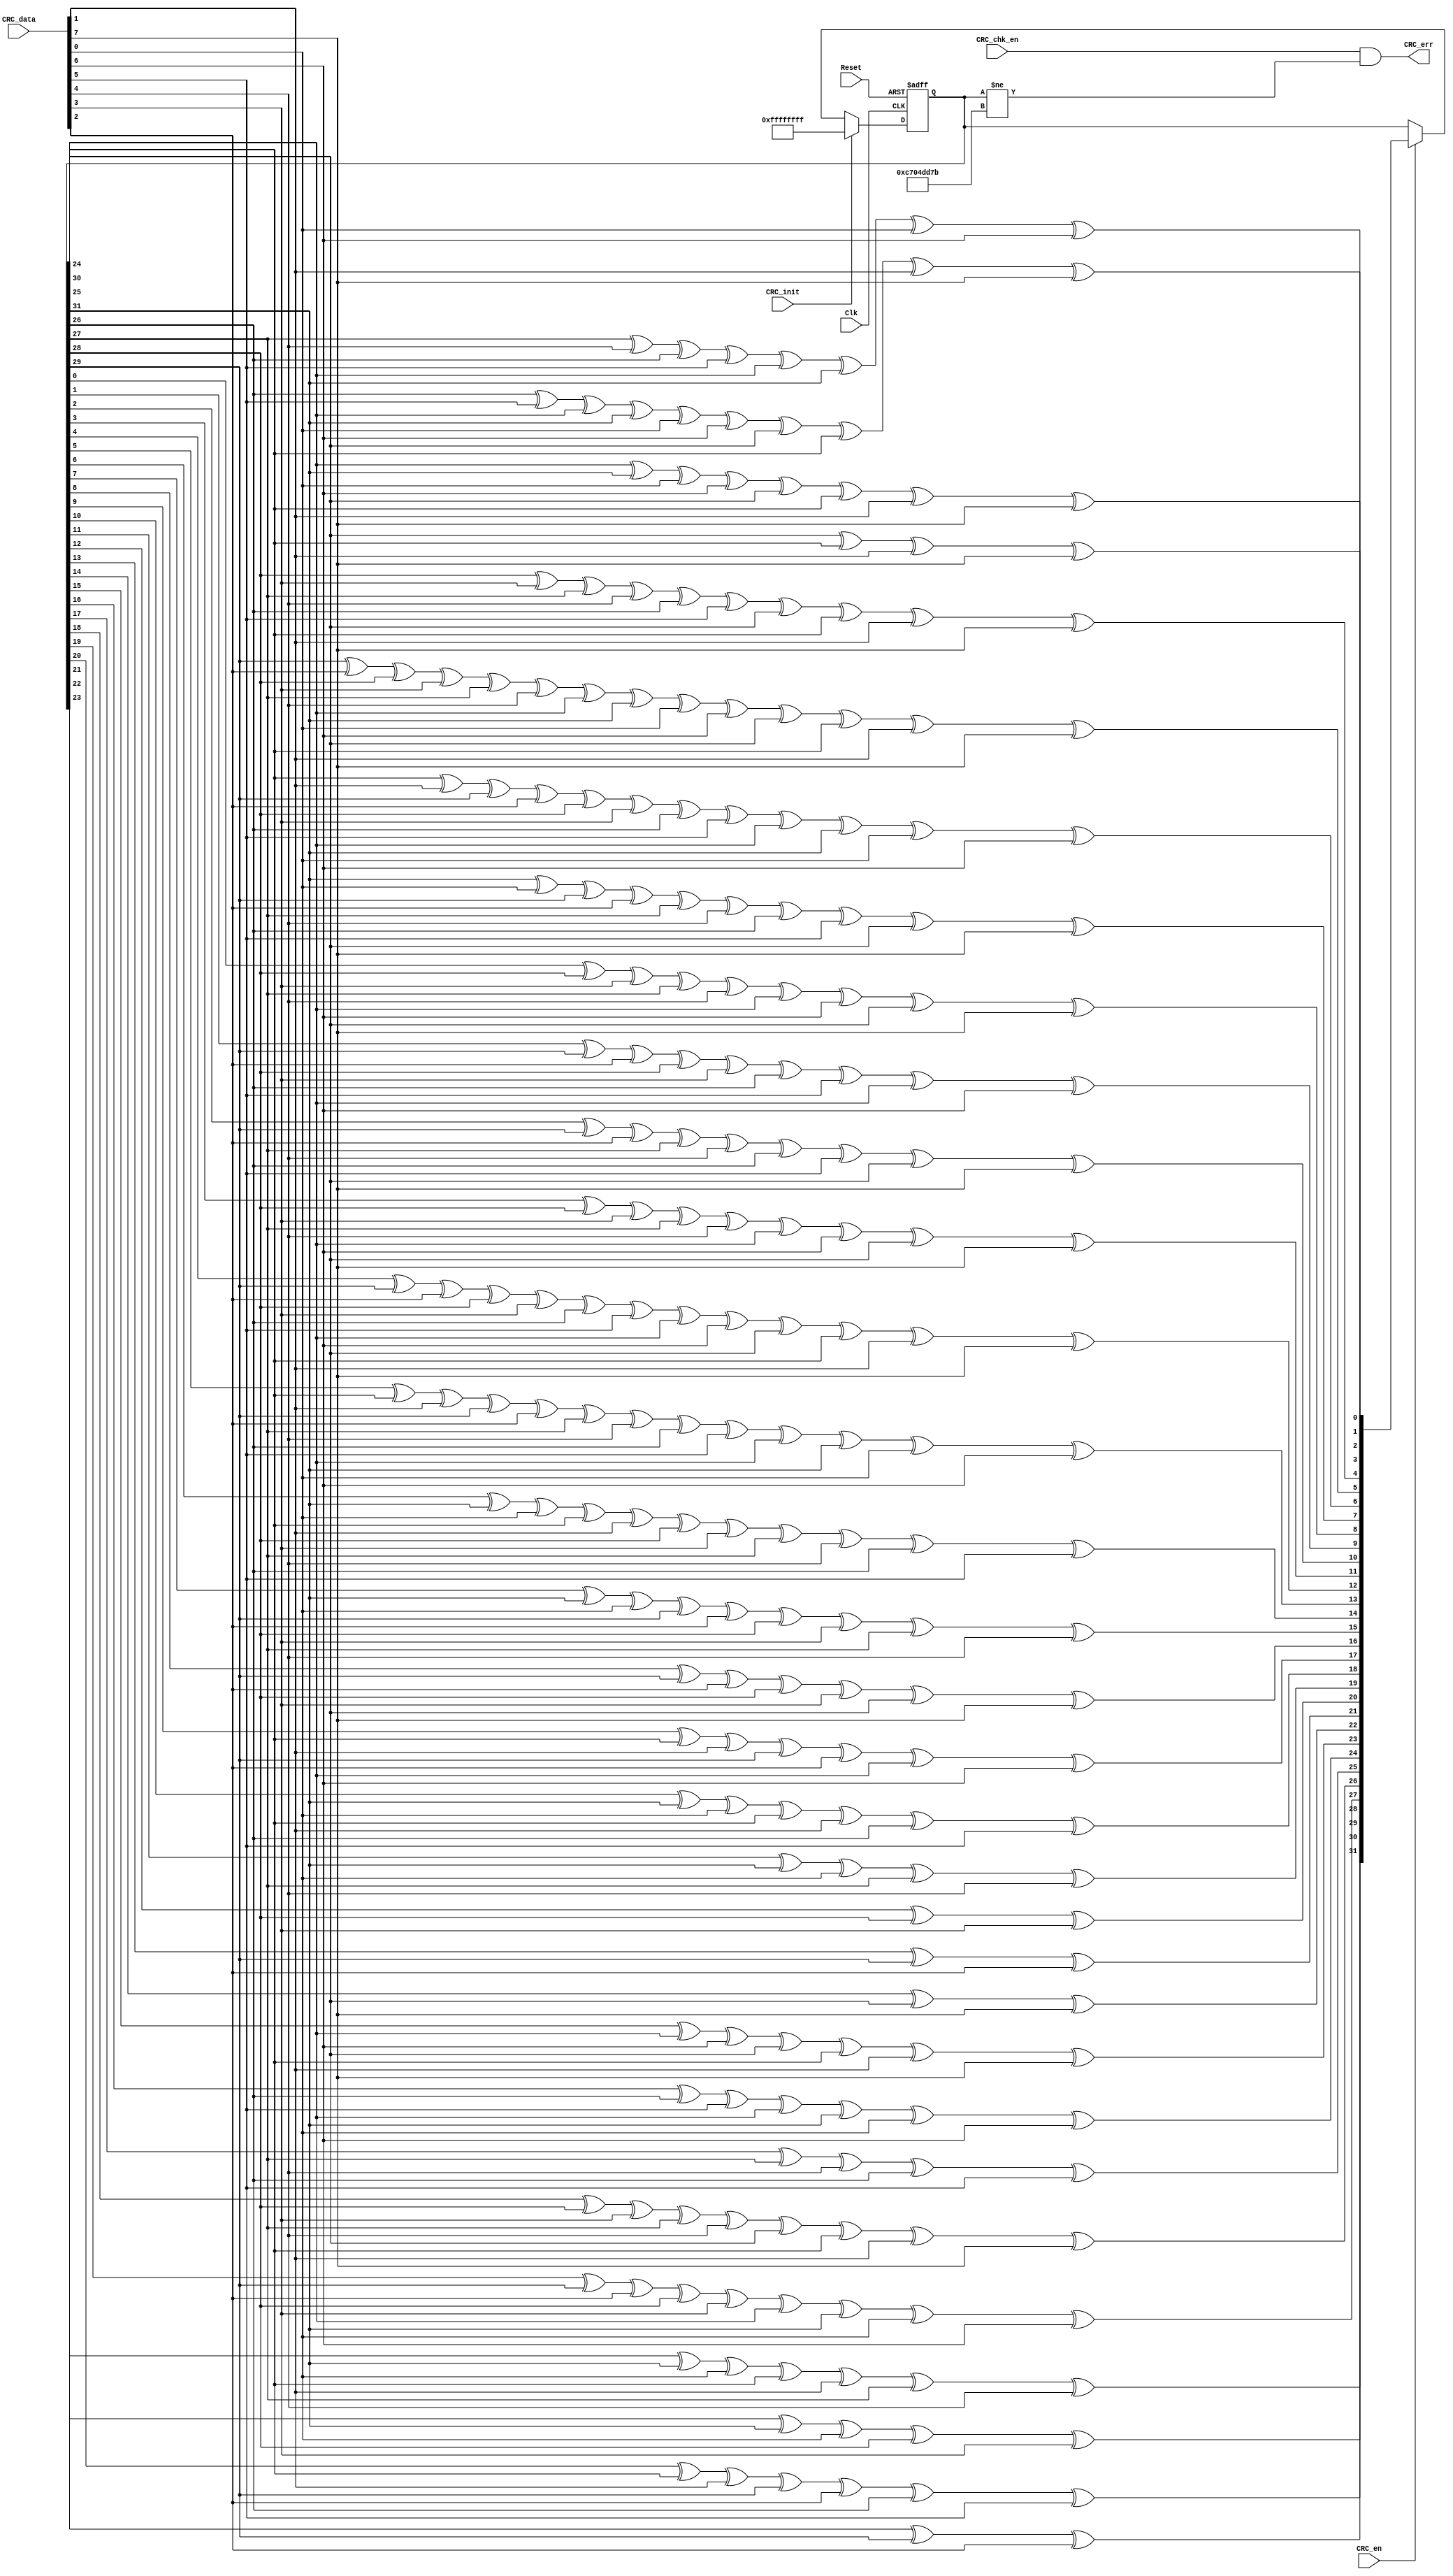
module CRC_chk(
Reset       ,
Clk         ,
CRC_data    ,
CRC_init    ,
CRC_en      ,
//From CPU  
CRC_chk_en  ,
CRC_err     
);
input       Reset       ;
input       Clk         ;
input[7:0]  CRC_data    ;
input       CRC_init    ;
input       CRC_en      ;
            //From CPU
input       CRC_chk_en  ;
output      CRC_err     ; 
//******************************************************************************   
//internal signals                                                              
//******************************************************************************
reg [31:0]  CRC_reg;
wire[31:0]  Next_CRC;
//******************************************************************************
//input data width is 8bit, and the first bit is bit[0]
function[31:0]  NextCRC;
    input[7:0]      D;
    input[31:0]     C;
    reg[31:0]       NewCRC;
    begin
    NewCRC[0]=C[24]^C[30]^D[1]^D[7];
    NewCRC[1]=C[25]^C[31]^D[0]^D[6]^C[24]^C[30]^D[1]^D[7];
    NewCRC[2]=C[26]^D[5]^C[25]^C[31]^D[0]^D[6]^C[24]^C[30]^D[1]^D[7];
    NewCRC[3]=C[27]^D[4]^C[26]^D[5]^C[25]^C[31]^D[0]^D[6];
    NewCRC[4]=C[28]^D[3]^C[27]^D[4]^C[26]^D[5]^C[24]^C[30]^D[1]^D[7];
    NewCRC[5]=C[29]^D[2]^C[28]^D[3]^C[27]^D[4]^C[25]^C[31]^D[0]^D[6]^C[24]^C[30]^D[1]^D[7];
    NewCRC[6]=C[30]^D[1]^C[29]^D[2]^C[28]^D[3]^C[26]^D[5]^C[25]^C[31]^D[0]^D[6];
    NewCRC[7]=C[31]^D[0]^C[29]^D[2]^C[27]^D[4]^C[26]^D[5]^C[24]^D[7];
    NewCRC[8]=C[0]^C[28]^D[3]^C[27]^D[4]^C[25]^D[6]^C[24]^D[7];
    NewCRC[9]=C[1]^C[29]^D[2]^C[28]^D[3]^C[26]^D[5]^C[25]^D[6];
    NewCRC[10]=C[2]^C[29]^D[2]^C[27]^D[4]^C[26]^D[5]^C[24]^D[7];
    NewCRC[11]=C[3]^C[28]^D[3]^C[27]^D[4]^C[25]^D[6]^C[24]^D[7];
    NewCRC[12]=C[4]^C[29]^D[2]^C[28]^D[3]^C[26]^D[5]^C[25]^D[6]^C[24]^C[30]^D[1]^D[7];
    NewCRC[13]=C[5]^C[30]^D[1]^C[29]^D[2]^C[27]^D[4]^C[26]^D[5]^C[25]^C[31]^D[0]^D[6];
    NewCRC[14]=C[6]^C[31]^D[0]^C[30]^D[1]^C[28]^D[3]^C[27]^D[4]^C[26]^D[5];
    NewCRC[15]=C[7]^C[31]^D[0]^C[29]^D[2]^C[28]^D[3]^C[27]^D[4];
    NewCRC[16]=C[8]^C[29]^D[2]^C[28]^D[3]^C[24]^D[7];
    NewCRC[17]=C[9]^C[30]^D[1]^C[29]^D[2]^C[25]^D[6];
    NewCRC[18]=C[10]^C[31]^D[0]^C[30]^D[1]^C[26]^D[5];
    NewCRC[19]=C[11]^C[31]^D[0]^C[27]^D[4];
    NewCRC[20]=C[12]^C[28]^D[3];
    NewCRC[21]=C[13]^C[29]^D[2];
    NewCRC[22]=C[14]^C[24]^D[7];
    NewCRC[23]=C[15]^C[25]^D[6]^C[24]^C[30]^D[1]^D[7];
    NewCRC[24]=C[16]^C[26]^D[5]^C[25]^C[31]^D[0]^D[6];
    NewCRC[25]=C[17]^C[27]^D[4]^C[26]^D[5];
    NewCRC[26]=C[18]^C[28]^D[3]^C[27]^D[4]^C[24]^C[30]^D[1]^D[7];
    NewCRC[27]=C[19]^C[29]^D[2]^C[28]^D[3]^C[25]^C[31]^D[0]^D[6];
    NewCRC[28]=C[20]^C[30]^D[1]^C[29]^D[2]^C[26]^D[5];
    NewCRC[29]=C[21]^C[31]^D[0]^C[30]^D[1]^C[27]^D[4];
    NewCRC[30]=C[22]^C[31]^D[0]^C[28]^D[3];
    NewCRC[31]=C[23]^C[29]^D[2];
    NextCRC=NewCRC;
    end
        endfunction

always @ (posedge Clk or posedge Reset)
    if (Reset)
        CRC_reg     <=32'hffffffff;
    else if (CRC_init)
        CRC_reg     <=32'hffffffff;
    else if (CRC_en)
        CRC_reg     <=NextCRC(CRC_data,CRC_reg);

assign  CRC_err = CRC_chk_en&(CRC_reg[31:0] != 32'hc704dd7b);

endmodule